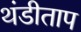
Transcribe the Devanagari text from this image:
थंडीताप